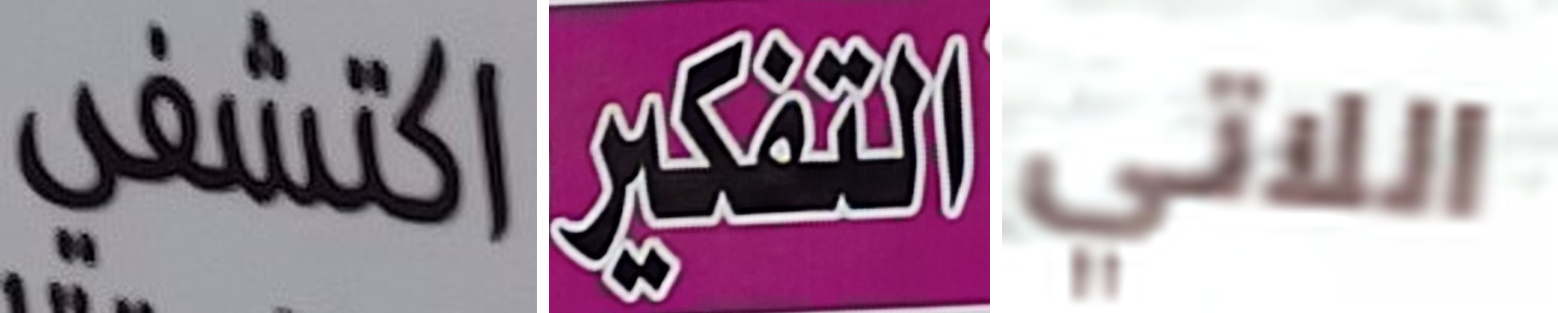
اكتشفي التفكير اللاتي